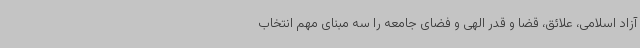
آزاد اسلامی، علائق، قضا و قدر الهی و فضای جامعه را سه مبنای مهم انتخاب